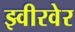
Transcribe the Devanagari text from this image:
झ्वीरवेर